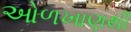
ઓળખાણથી